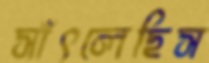
সাঁৎলেছিস